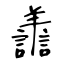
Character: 譱